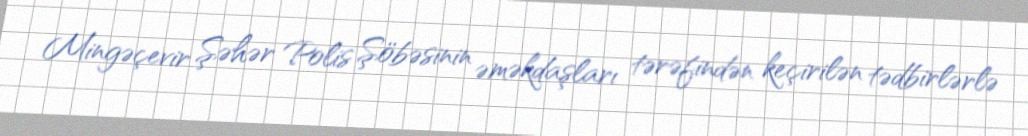
Mingəçevir Şəhər Polis Şöbəsinin əməkdaşları tərəfindən keçirilən tədbirlərlə